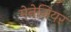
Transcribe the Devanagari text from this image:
मेनेजियर